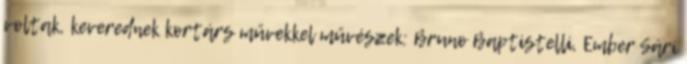
voltak, keverednek kortárs művekkel művészek: Bruno Baptistelli, Ember Sári